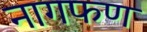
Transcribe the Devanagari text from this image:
नागफण